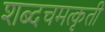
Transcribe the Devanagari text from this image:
शब्दचमत्कृती